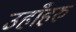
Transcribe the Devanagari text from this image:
उहाँहरु